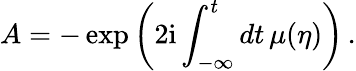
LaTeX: A=-\exp\left(2\mathrm{i}\int_{-\infty}^{t}dt\, \mu(\eta)\right)\, .